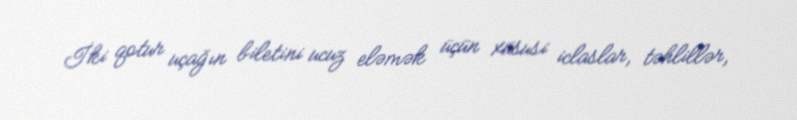
İki qotur uçağın biletini ucuz eləmək üçün xüsusi iclaslar, təhlillər,